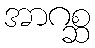
အာဂစ္ဆ